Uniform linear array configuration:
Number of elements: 16
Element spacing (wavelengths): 0.75
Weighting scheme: hamming
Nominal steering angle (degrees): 15
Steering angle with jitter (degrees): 14.954
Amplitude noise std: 0.05
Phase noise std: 0.05

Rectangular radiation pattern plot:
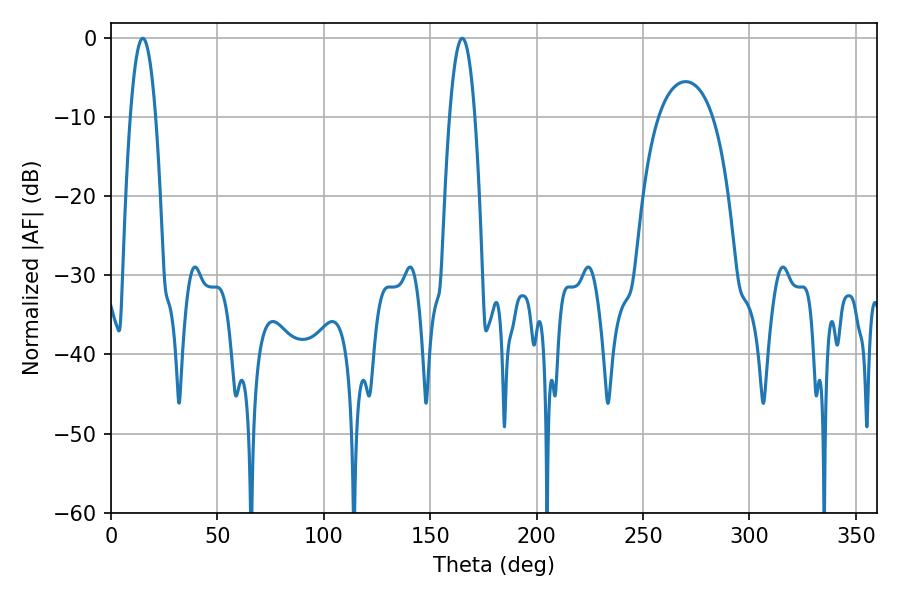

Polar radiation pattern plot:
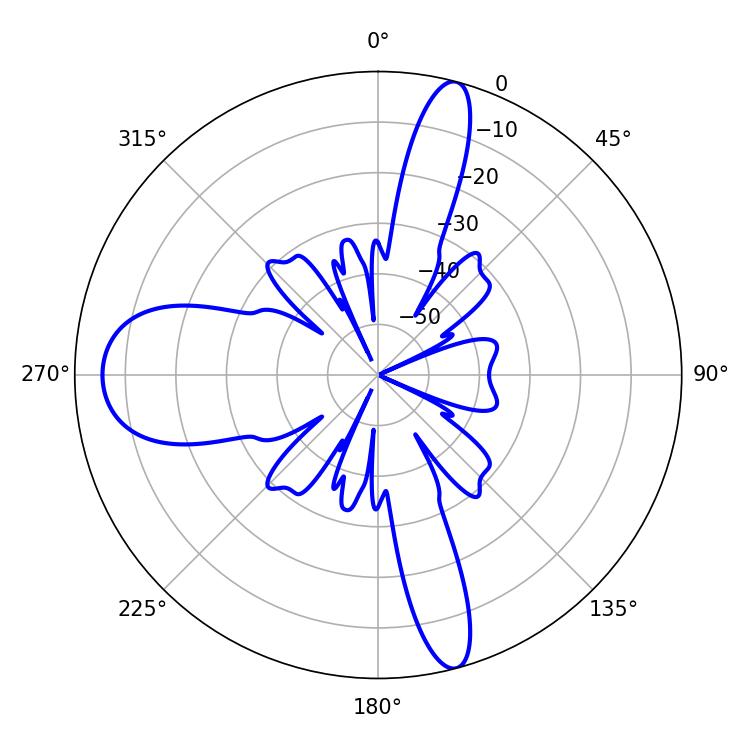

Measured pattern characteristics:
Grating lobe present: TRUE
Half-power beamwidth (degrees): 6.48
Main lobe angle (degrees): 14.94